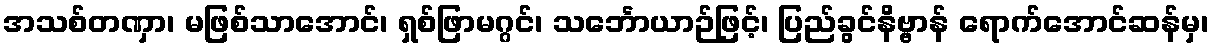
အသစ်တဏှာ၊ မဖြစ်သာအောင်၊ ရှစ်ဖြာမဂ္ဂင်၊ သင်္ဘောယာဉ်ဖြင့်၊ ပြည်ခွင်နိဗ္ဗာန် ရောက်အောင်ဆန်မှ၊